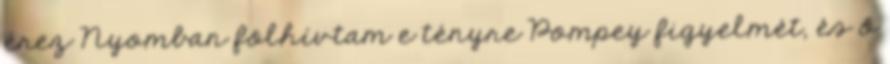
érez Nyomban fölhívtam e tényre Pompey figyelmét, és ő